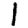
Digit: 1